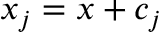
x _ { j } = x + c _ { j }